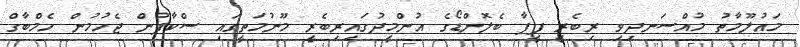
މައުލޫމާތު މުއްސަނދިވި ރިބެރީ ފީފާ ބެލޮންޑޯގެ އުންމީދުގައިރިބެރީ މޫނުމަތީގައި ސްކާފުން ޖެހުމުން ހެމްބާގް